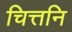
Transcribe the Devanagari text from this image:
चित्तनि